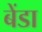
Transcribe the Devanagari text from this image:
बेंडा